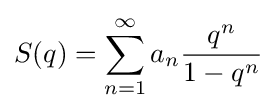
S(q)=\sum _{n=1}^{\infty }a_{n}{\frac {q^{n}}{1-q^{n}}}